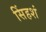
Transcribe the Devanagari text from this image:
सिंहशं